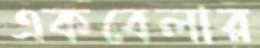
একবেলার